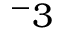
^ - 3